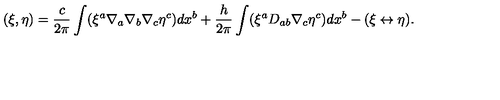
( \xi , \eta ) = \frac { c } { 2 \pi } \int ( \xi ^ { a } \nabla _ { a } \nabla _ { b } \nabla _ { c } \eta ^ { c } ) d x ^ { b } + \frac { h } { 2 \pi } \int ( \xi ^ { a } D _ { a b } \nabla _ { c } \eta ^ { c } ) d x ^ { b } - ( \xi \leftrightarrow \eta ) .